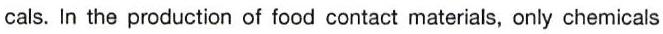
cals. In the production of food contact materials, only chemicals